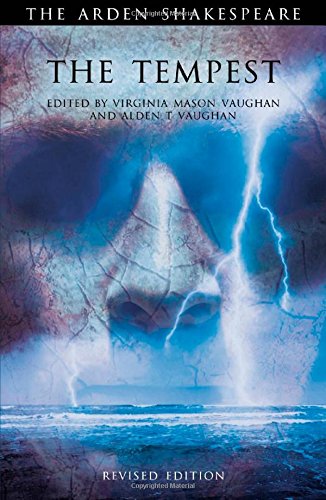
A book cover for The Tempest (Arden Shakespeare); William Shakespeare; Literature & Fiction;